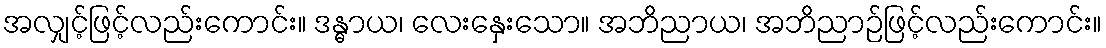
အလျှင့်ဖြင့်လည်းကောင်း။ ဒန္ဓာယ၊ လေးနှေးသော။ အဘိညာယ၊ အဘိညာဉ်ဖြင့်လည်းကောင်း။